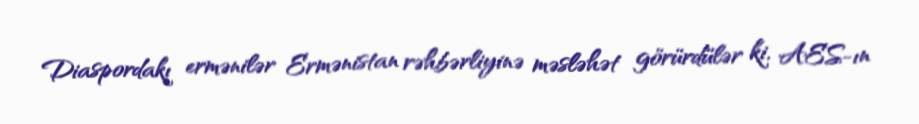
Diaspordakı ermənilər Ermənistan rəhbərliyinə məsləhət görürdülər ki, AES-ın